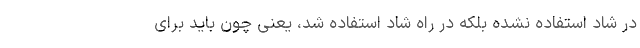
در شاد استفاده نشده بلکه در راه شاد استفاده شد، یعنی چون باید برای